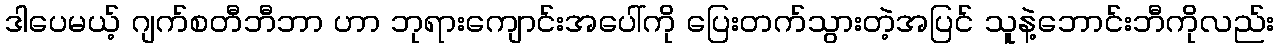
ဒါပေမယ့် ဂျက်စတီဘီဘာ ဟာ ဘုရားကျောင်းအပေါ်ကို ပြေးတက်သွားတဲ့အပြင် သူနဲ့ဘောင်းဘီကိုလည်း